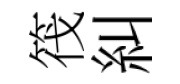
筏糾